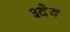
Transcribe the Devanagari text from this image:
३देव